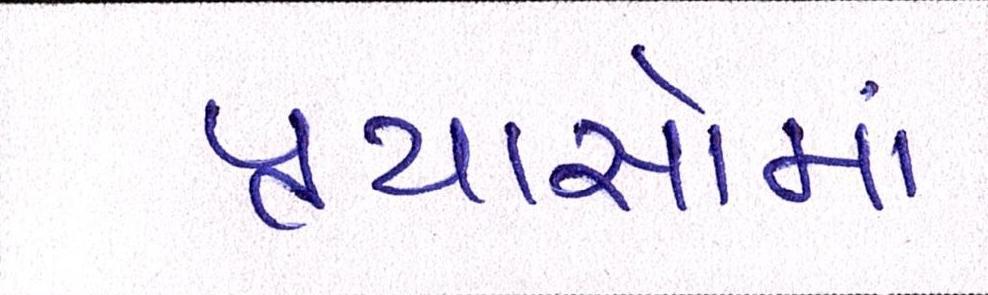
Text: પ્રયાસોમાં